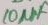
Text: 10µF